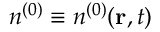
n ^ { ( 0 ) } \equiv n ^ { ( 0 ) } ( { \bf r } , t )